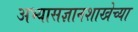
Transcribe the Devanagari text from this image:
अभ्यासज्ञानशाखेच्या